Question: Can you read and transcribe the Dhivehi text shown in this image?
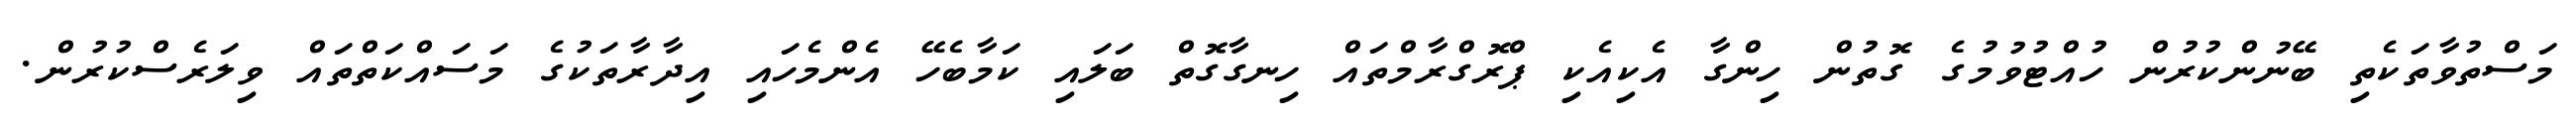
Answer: މަސްތުވާތަކެތި ބޭނުންކުރުން ހުއްޓުވުމުގެ ގޮތުން ހިންގާ އެކިއެކި ޕްރޮގްރާމްތައް ހިނގާގޮތް ބަލައި ކަމާބެހޭ އެންމެހައި އިދާރާތަކުގެ މަސައްކަތްތައް ވިލަރެސްކުރުން.